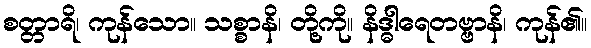
စတ္တာရိ၊ ကုန်သော။ သစ္စာနိ၊ တို့ကို။ နိဒ္ဓါရေတဗ္ဗာနိ၊ ကုန်၏။